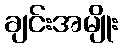
ချင်းအမျိုး